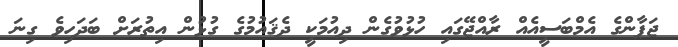
ޖަޕާންގެ އެމްބަސީއެއް ރާއްޖޭގައި ހުޅުވުގެން ދިއުމަކީ ދެޤައުމުގެ ގުޅުން އިތުރަށް ބަދަހިވެ ގިނަ